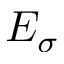
E _ { \sigma }